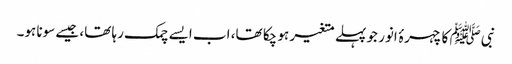
نبیﷺ کا چہرۂ انور جو پہلے متغیر ہو چکا تھا، اب ایسے چمک رہا تھا، جیسے سونا ہو۔